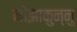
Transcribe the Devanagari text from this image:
मोझाकुन्नु